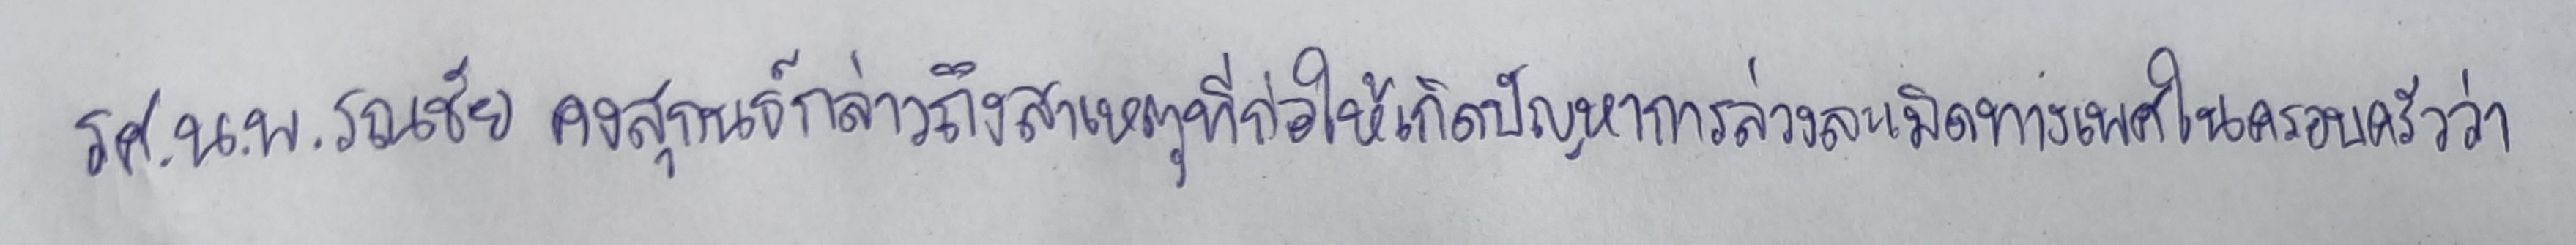
รศ.น.พ.รณชัย คงสุกนธ์กล่าวถึงสาเหตุที่ก่อให้เกิดปัญหาการล่วงละเมิดทางเพศในครอบครัวว่า